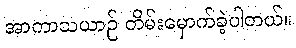
အာကာသယာဉ် တိမ်းမှောက်ခဲ့ပါတယ်။